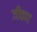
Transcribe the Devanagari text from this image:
जीवण